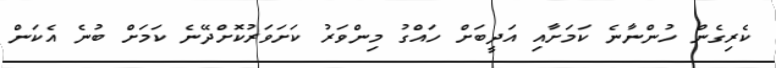
ކެރިގެން ހުންނާނެ ކަމަށާއި އަދީބަށް ހައްގު މިންވަރު ކަށަވަރުކޮށްދޭނެ ކަމަށް ބުނެ އެކަން